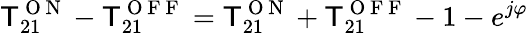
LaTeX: \mathsf{T}_{21}^{\mathrm{{~O~N~}}}-\mathsf{T}_{21}^{\mathrm{{~O~F~F~}}}=\mathsf{T}_{21}^{\mathrm{{~O~N~}}}+\mathsf{T}_{21}^{\mathrm{{~O~F~F~}}}-1-e^{j\varphi}